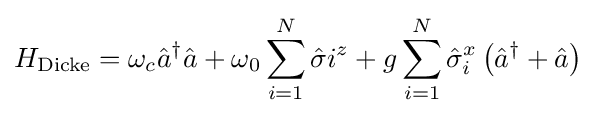
H_{\text{Dicke}}=\omega _{c}{\hat {a}}^{\dagger }{\hat {a}}+\omega _{0}\sum _{i=1}^{N}{\hat {\sigma }}i^{z}+g\sum _{i=1}^{N}{\hat {\sigma }}_{i}^{x}\left({\hat {a}}^{\dagger }+{\hat {a}}\right)